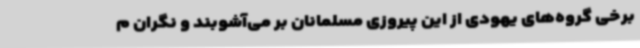
برخی گروه‌های یهودی از این پیروزی مسلمانان بر می‌آشوبند و نگران م